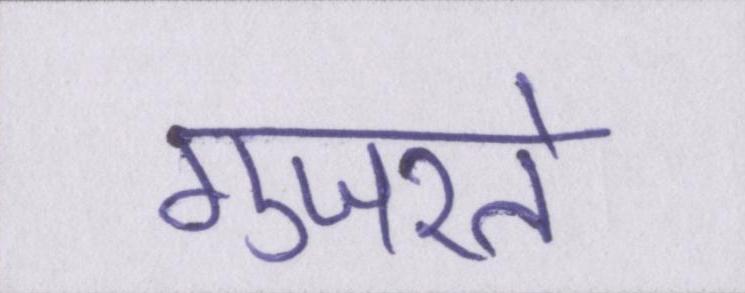
गुजरते